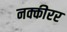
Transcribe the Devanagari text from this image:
नक्कीरर